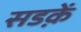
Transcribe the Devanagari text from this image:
सडक़ें